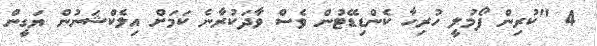
4 "ކުރިން ފޯމުލީ ހުރިހާ ކެންޑިޑޭޓުން ވެސް ވާދަކުރާނެ ކަމަށް އިލެކްޝަނުން ޔަގީން